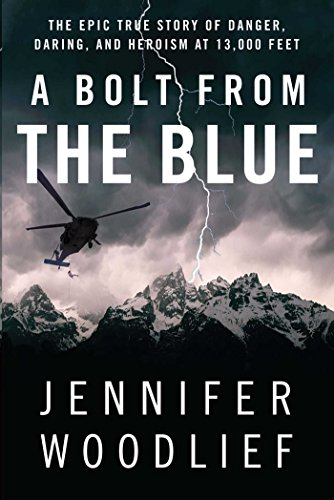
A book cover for A Bolt from the Blue: The Epic True Story of Danger, Daring, and Heroism at 13,000 Feet; Jennifer Woodlief; Science & Math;